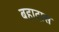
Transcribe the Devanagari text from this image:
बहादास